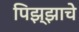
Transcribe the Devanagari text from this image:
पिझ्झाचे